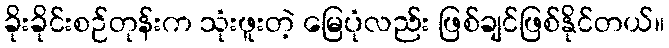
ခိုးခိုင်းစဉ်တုန်းက သုံးဖူးတဲ့ မြေပုံလည်း ဖြစ်ချင်ဖြစ်နိုင်တယ်။